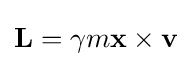
\mathbf {L} =\gamma m\mathbf {x} \times \mathbf {v}